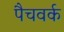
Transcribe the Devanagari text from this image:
पैचवर्क